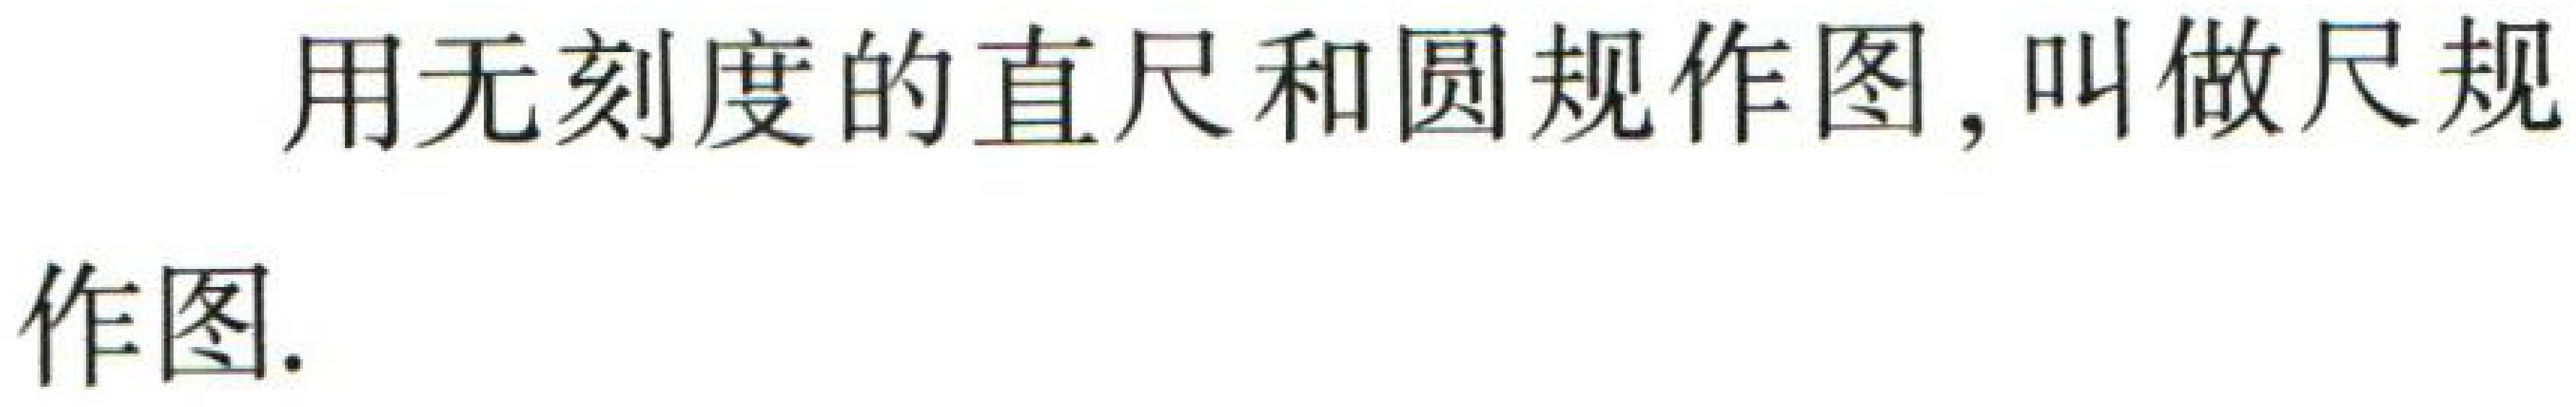
用无刻度的直尺和圆规作图，叫做尺规作图.